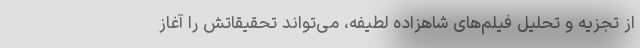
از تجزیه و تحلیل فیلم‌های شاهزاده لطیفه، می‌تواند تحقیقاتش را آغاز